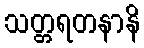
သတ္တရတနာနိ